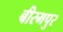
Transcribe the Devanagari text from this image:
बीरमपुर